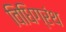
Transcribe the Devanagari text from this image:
विधिग्रंथ